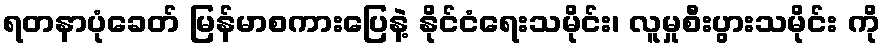
ရတနာပုံခေတ် မြန်မာစကားပြေနဲ့ နိုင်ငံရေးသမိုင်း၊ လူမှုစီးပွားသမိုင်း ကို